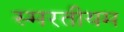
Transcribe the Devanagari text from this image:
स्मरतीयम